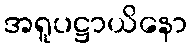
အရူပဋ္ဌာယိနော